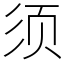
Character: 须